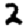
Digit: 2